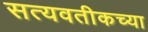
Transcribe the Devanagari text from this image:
सत्यवतीकच्या